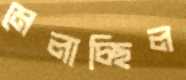
মেলাচ্ছিল